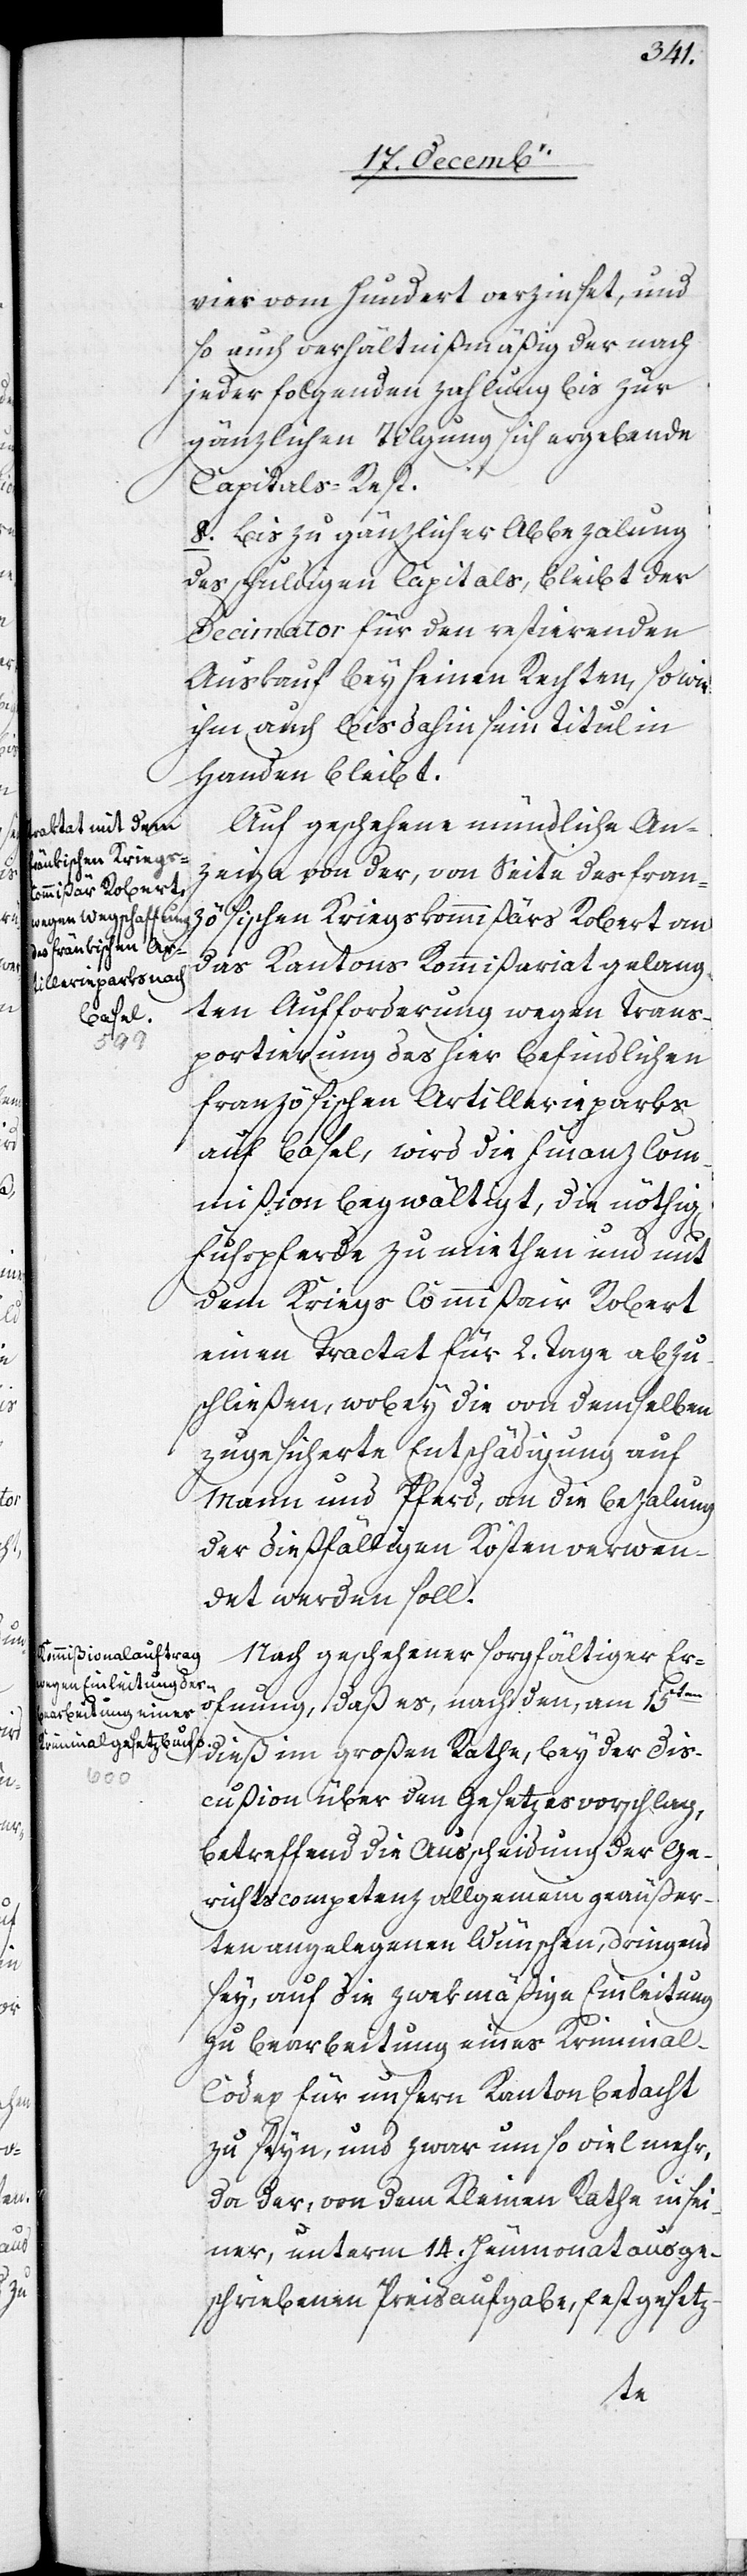
Auf geschehene mündliche An¬
zeige von der, von Seite des fran¬
zösischen Kriegskommißärs Robert an
das Kantons[-]Kommißariat gelang¬
ten Aufforderung wegen Trans¬
portierung des hier befindlichen
französischen Artillerieparks
auf Basel, wird die Finanz[-]Com¬
mißion begwältigt, die nöthig[en]
Fuhrpferde zu miethen und mit
dem Kriegs[-]Commißair Robert
einen Tractat für 2. Tage abzu¬
schließen, wobey die von demselben
zugesicherte Entschädigung auf
Mann und Pferd, an die Bezalung
der dießfälligen Kosten verwen¬
det werden soll.
Nach geschehener sorgfältiger Erö¬
ffnung, daß es, nachdem am 15ten
dieß im Großen Rathe, bey der Dis¬
cußion über den Gesetzesvorschlag,
betreffend die Ausscheidung der Ge¬
richtscompetenz allgemein geäußer¬
ten angelegenen Wünschen, dringend
sey, auf die zwekmäßige Einleitung
zu Bearbeitung eines Krimina¬
l-Codex für unsern Kanton bedacht
zu seyn, und zwar um so viel mehr,
da der, von dem Kleinen Rathe in sei¬
ner, unterm 14. Heumonat ausge¬
schriebenen Preisaufgabe, festgesetz-